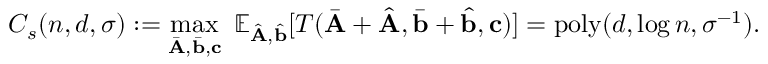
C _ { s } ( n , d , \sigma ) : = \operatorname* { m a x } _ { { \bar { \mathbf { A } } } , { \bar { \mathbf { b } } } , \mathbf { c } } ~ \mathbb { E } _ { { \hat { \mathbf { A } } } , { \hat { \mathbf { b } } } } [ T ( { \bar { \mathbf { A } } } + { \hat { \mathbf { A } } } , { \bar { \mathbf { b } } } + { \hat { \mathbf { b } } } , \mathbf { c } ) ] = \mathrm { { p o l y } } ( d , \log n , \sigma ^ { - 1 } ) .